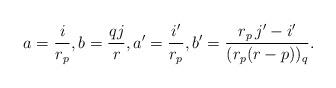
LaTeX: \begin{align*} a = \dfrac{i}{r_p}, b = \dfrac{q j}{r}, a' = \dfrac{i'}{r_p}, b' = \dfrac{r_p \, j'- i'}{(r_p(r -p))_q}. \end{align*}